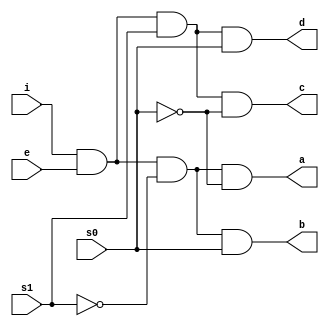
module demux(s1,s0,a,b,c,d,e,i);
	input s1,s0,e,i;
	output a,b,c,d;
	assign a =i&e&~s1&~s0;
	assign b =i&e&~s1&s0;
	assign c =i&e&s1&~s0;
	assign d =i&e&s1&s0;
endmodule

module test;
	reg s1, s0, e, i;
	wire a, b, c, d;
	demux obj(s1,s0,a,b,c,d,e,i);
	initial 
		begin
		$dumpfile("demux.vcd");
		$dumpvars(0, test);
		$display("e\ts1\ts0\td\tc\tb\ta");
		$monitor("%b\t%b\t%b\t%b\t%b\t%b\t%b" ,e,s1,s0,d,c,b,a);
		i=1; e=0; s1=0; s0=0;
		#10  i=1; e=1; s1=0; s0=0;
		#10  i=1; e=1; s1=0; s0=1;
		#10  i=1; e=1; s1=1; s0=0;
		#10  i=1; e=1; s1=1; s0=1;
	 $finish;
	end
endmodule